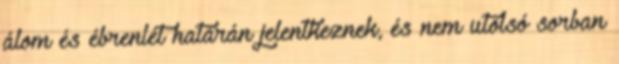
álom és ébrenlét határán jelentkeznek, és nem utolsó sorban